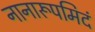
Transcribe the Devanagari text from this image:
नानारूपमिदं